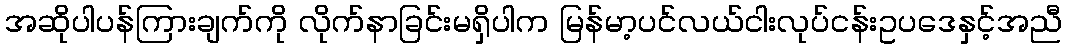
အဆိုပါပန်ကြားချက်ကို လိုက်နာခြင်းမရှိပါက မြန်မာ့ပင်လယ်ငါးလုပ်ငန်းဥပဒေနှင့်အညီ